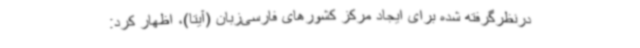
درنظرگرفته شده برای ایجاد مرکز کشورهای فارسی‌زبان (آیتا)، اظهار کرد: